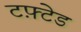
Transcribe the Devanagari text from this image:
टफ़्टेड